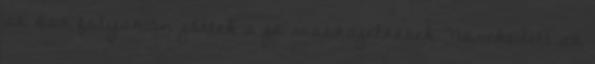
az ősz folyamán jöttek a jó visszajelzések. Növekedett az